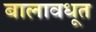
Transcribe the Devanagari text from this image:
बालावधूत